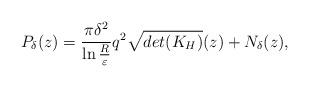
LaTeX: \begin{align*}P_\delta(z)=\frac{\pi\delta^2}{\ln\frac{R}{\varepsilon}}q^2\sqrt{det(K_H)}(z)+N_\delta(z),\end{align*}